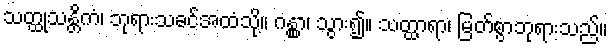
သတ္ထုသန္တိကံ၊ ဘုရားသခင်အထံသို့။ ဂန္တွာ၊ သွား၍။ သတ္ထာရာ၊ မြတ်စွာဘုရားသည်။